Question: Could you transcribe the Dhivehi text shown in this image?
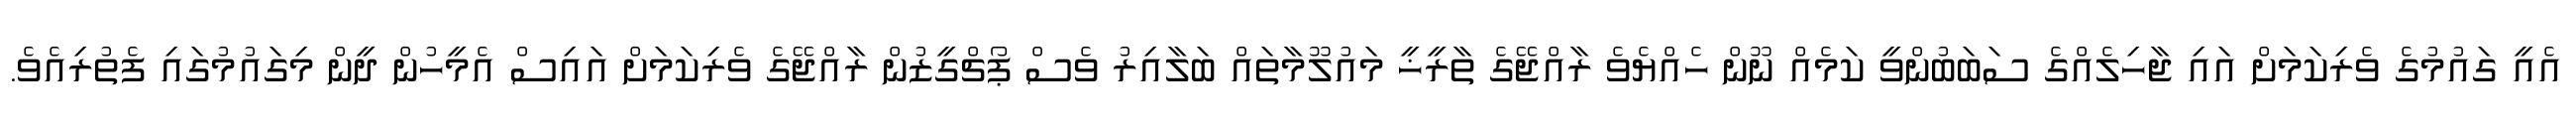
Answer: އެއީ ގައުމުގެ ވެރިކަމަށް އައި ޖާހިލެއްގެ ސަބަބުންވީ ކަމެއް ނޫން ހެއްޔެވެ ރާއްޖޭގެ ތާރީޚީ މައުލޫމާތައް ބަލާއިރު ވެސް ޕޯޗްގީޒުން ރާއްޖޭގެ ވެރިކަމަށް އައިސް އެމީހުން ދީން މިގައުމުގައި ފެތުރިއެވެ.